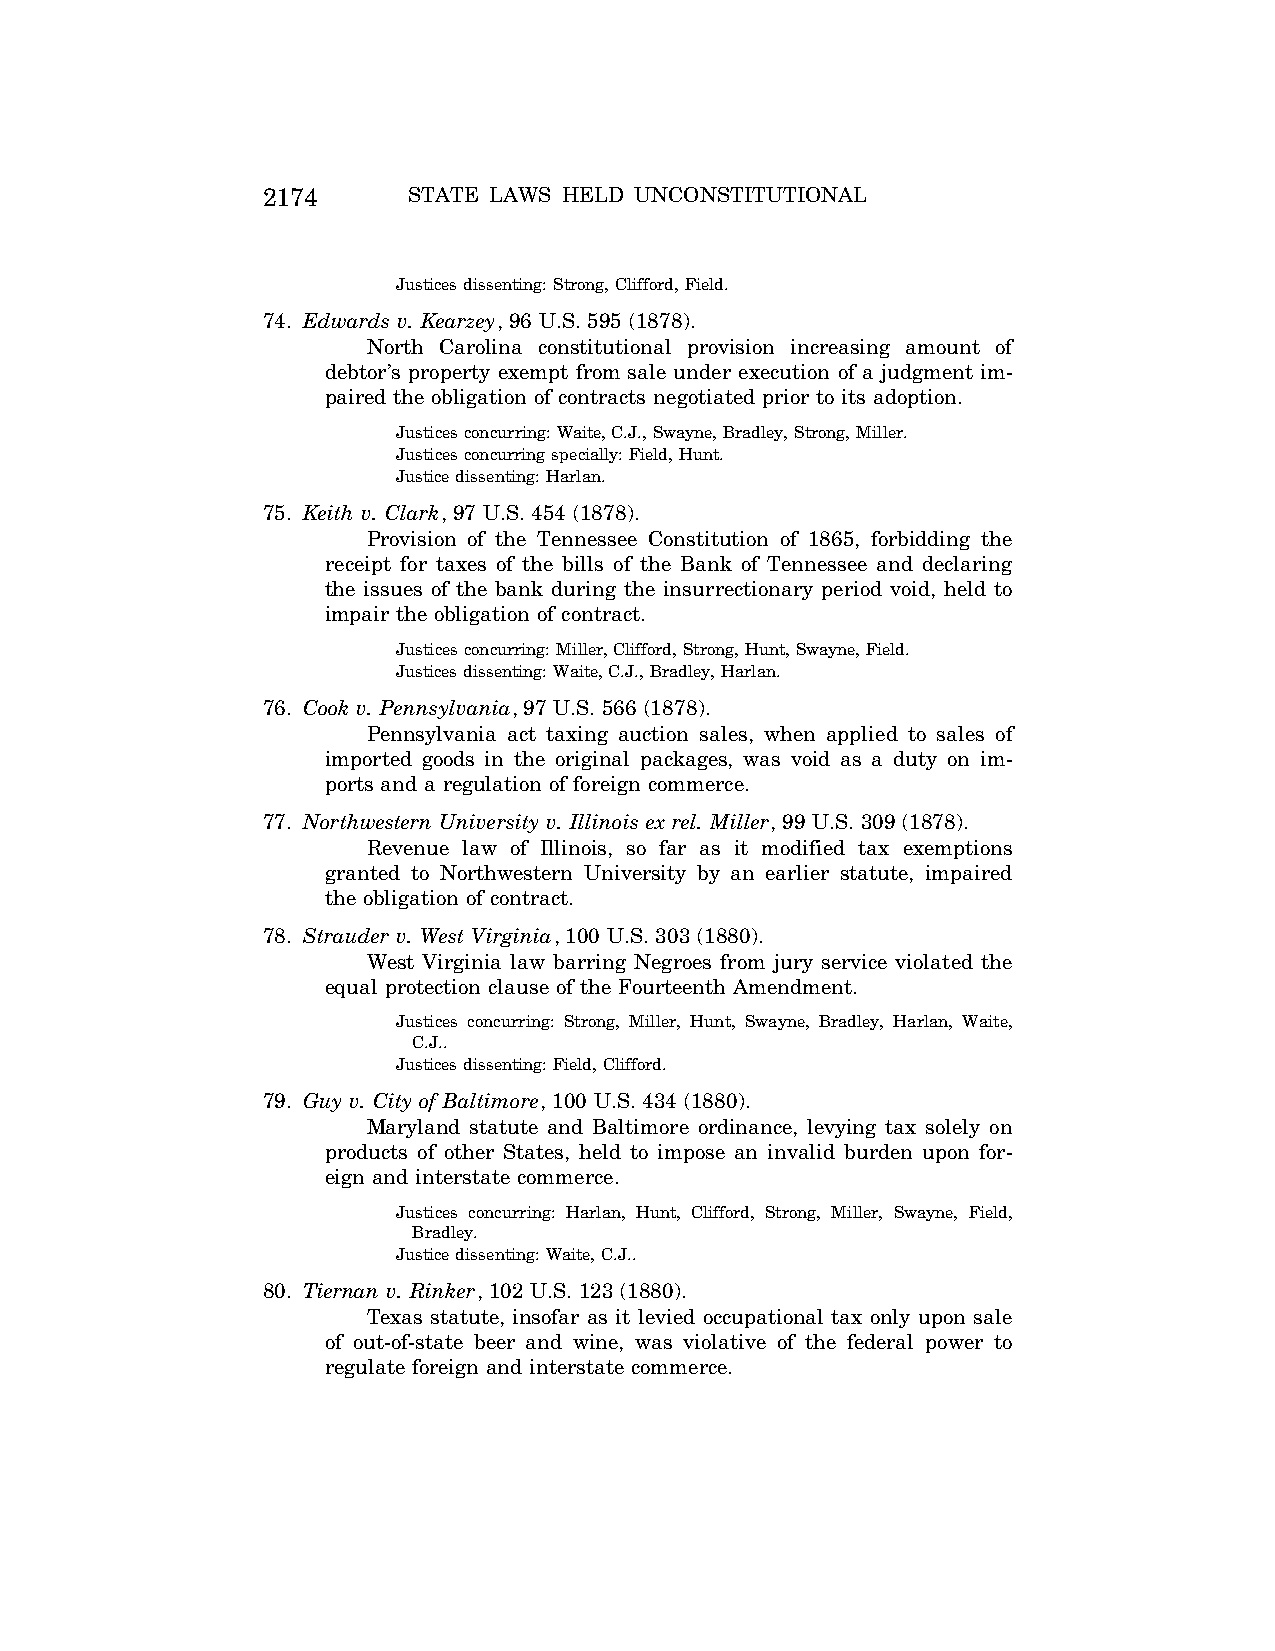
2174      STATE LAWS HELD UNCONSTITUTIONAL
 Justices dissenting: Strong, Clifford, Field.
 74. Edwards v. Kearzey, 96 U.S. 595 (1878).
 North Carolina constitutional provision increasing amount of
 debtor’s property exempt from sale under execution of a judgment im-
 paired the obligation of contracts negotiated prior to its adoption.
 Justices concurring: Waite, C.J., Swayne, Bradley, Strong, Miller.
 Justices concurring specially: Field, Hunt.
 Justice dissenting: Harlan.
 75. Keith v. Clark, 97 U.S. 454 (1878).
 Provision of the Tennessee Constitution of 1865, forbidding the
 receipt for taxes of the bills of the Bank of Tennessee and declaring
 the issues of the bank during the insurrectionary period void, held to
 impair the obligation of contract.
 Justices concurring: Miller, Clifford, Strong, Hunt, Swayne, Field.
 Justices dissenting: Waite, C.J., Bradley, Harlan.
 76. Cook v. Pennsylvania, 97 U.S. 566 (1878).
 Pennsylvania act taxing auction sales, when applied to sales of
 imported goods in the original packages, was void as a duty on im-
 ports and a regulation of foreign commerce.
 77. Northwestern University v. Illinois ex rel. Miller, 99 U.S. 309 (1878).
 Revenue law of Illinois, so far as it modified tax exemptions
 granted to Northwestern University by an earlier statute, impaired
 the obligation of contract.
 78. Strauder v. West Virginia, 100 U.S. 303 (1880).
 West Virginia law barring Negroes from jury service violated the
 equal protection clause of the Fourteenth Amendment.
 Justices concurring: Strong, Miller, Hunt, Swayne, Bradley, Harlan, Waite,
 C.J..
 Justices dissenting: Field, Clifford.
 79. Guy v. City of Baltimore, 100 U.S. 434 (1880).
 Maryland statute and Baltimore ordinance, levying tax solely on
 products of other States, held to impose an invalid burden upon for-
 eign and interstate commerce.
 Justices concurring: Harlan, Hunt, Clifford, Strong, Miller, Swayne, Field,
 Bradley.
 Justice dissenting: Waite, C.J..
 80. Tiernan v. Rinker, 102 U.S. 123 (1880).
 Texas statute, insofar as it levied occupational tax only upon sale
 of out-of-state beer and wine, was violative of the federal power to
 regulate foreign and interstate commerce.
 VerDate Aug<04>2004 12:57 Aug 23, 2004 Jkt 077500 PO 00000 Frm 00014 Fmt 8222 Sfmt 8222 C:\CONAN\CON064.SGM PRFM99 PsN: CON064